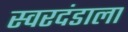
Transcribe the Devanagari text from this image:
स्वरदंडाला